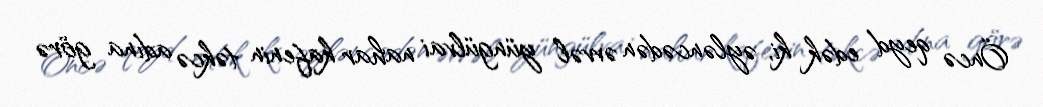
Öncə qeyd edək ki, əyləncədən əvvəl yüngülvai nahar kafenin təkcə adına görə